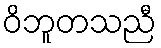
ဝိဘူတသညီ